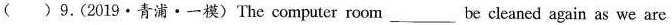
( ) 9. (2019 · 青浦 · 一模) The computer room ___ be cleaned again as we are